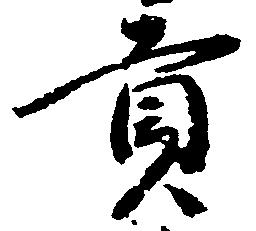
貢